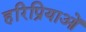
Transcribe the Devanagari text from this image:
हरिप्रियाओं